Report of the Imperial Institute of Veterinary Research, Muktesar
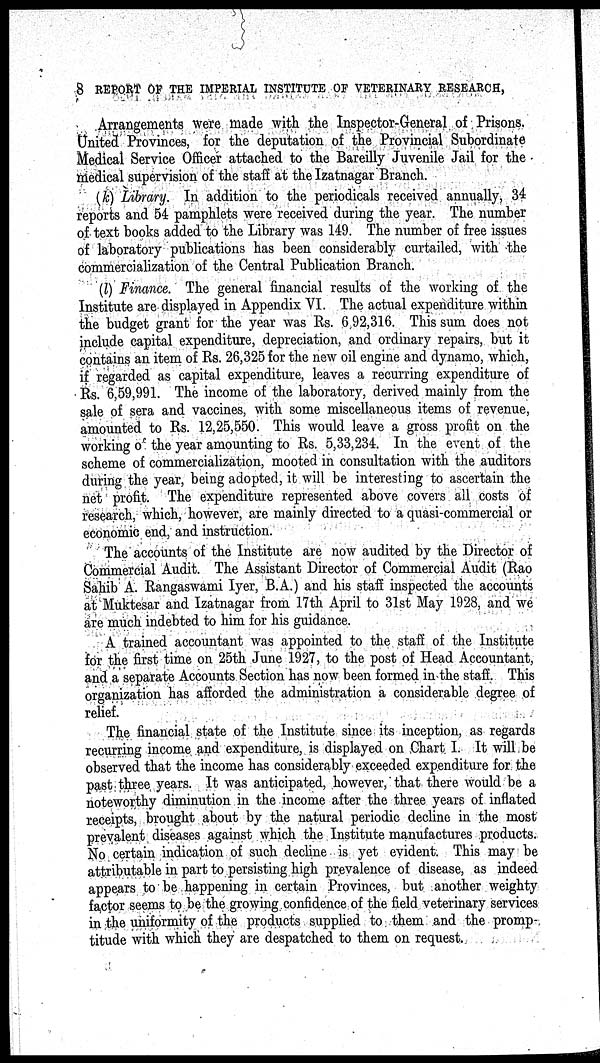
8 REPORT OF THE IMPERIAL INSTITUTE OF VETERINARY RESEARCH,
Arrangements were made with the Inspector-General of Prisons.
United Provinces, for the deputation of the Provincial Subordinate
Medical Service Officer attached to the Bareilly Juvenile Jail for the
medical supervision of the staff at the Izatnagar Branch.
(k) Library. In addition to the periodicals received annually, 34
reports and 54 pamphlets were received during the year. The number
of text books added to the Library was 149. The number of free issues
of laboratory publications has been considerably curtailed, with the
commercialization of the Central Publication Branch.
(l) Finance. The general financial results of the working of the
Institute are displayed in Appendix VI. The actual expenditure within
the budget grant for the year was Rs. 6 92,316. This sum does not
include capital expenditure, depreciation, and ordinary repairs, but it
contains an item of Rs. 26,325 for the new oil engine and dynamo, which,
if regarded as capital expenditure, leaves a recurring expenditure of
Rs. 6,59,991. The income of the laboratory, derived mainly from the
sale of sera and vaccines, with some miscellaneous items of revenue,
amounted to Rs. 12,25,550. This would leave a gross profit on the
working o the year amounting to Rs. 5,33,234. In the event of the
scheme of commercialization, mooted in consultation with the auditors
during the year, being adopted, it will be interesting to ascertain the
net profit. The expenditure represented above covers all costs of
research, which, however, are mainly directed to a quasi-commercial or
economic end, and instruction.
The accounts of the Institute are now audited by the Director of
Commercial Audit. The Assistant Director of Commercial Audit (Rao
Sahib A. Rangaswami Iyer, B.A.) and his staff inspected the accounts
at Muktesar and Izatnagar from 17th April to 31st May 1928, and we
are much indebted to him for his guidance.
A trained accountant was appointed to the staff of the Institute
for the first time on 25th June 1927, to the post of Head Accountant,
and a separate Accounts Section has now been formed in the staff. This
organization has afforded the administration a considerable degree of
relief.
The financial state of the Institute since its inception, as regards
recurring income and expenditure, is displayed on Chart I. It will be
observed that the income has considerably exceeded expenditure for the
past three years. It was anticipated, however, that there would be a
noteworthy diminution in the income after the three years of inflated
receipts, brought about by the natural periodic decline in the most
prevalent diseases against which the Institute manufactures products.
No certain indication of such decline is yet evident. This may be
attributable in part to persisting high prevalence of disease, as indeed
appears to be happening in certain Provinces, but another weighty
factor seems to be the growing confidence of the field veterinary services
in the uniformity of the products supplied to them and the promp-
titude with which they are despatched to them on request.